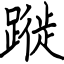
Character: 蹝